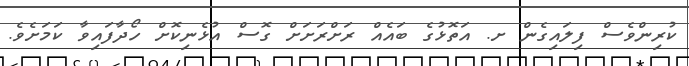
ކުރިންވެސް ފިލައިގެން ށ. އަތޮޅުގެ ބައެއް ރަށްރަށަށް ގޮސް އުޅެނިކޮށް ހޯދާފައިވާ ކަމަށެވެ.